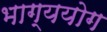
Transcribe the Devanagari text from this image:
भाग्ययोग